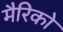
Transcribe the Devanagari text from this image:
मैरिको